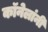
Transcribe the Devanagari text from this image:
कॉनेलांनी